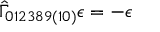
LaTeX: \hat { \Gamma } _ { 0 1 2 3 8 9 ( 1 0 ) } \epsilon = - \epsilon